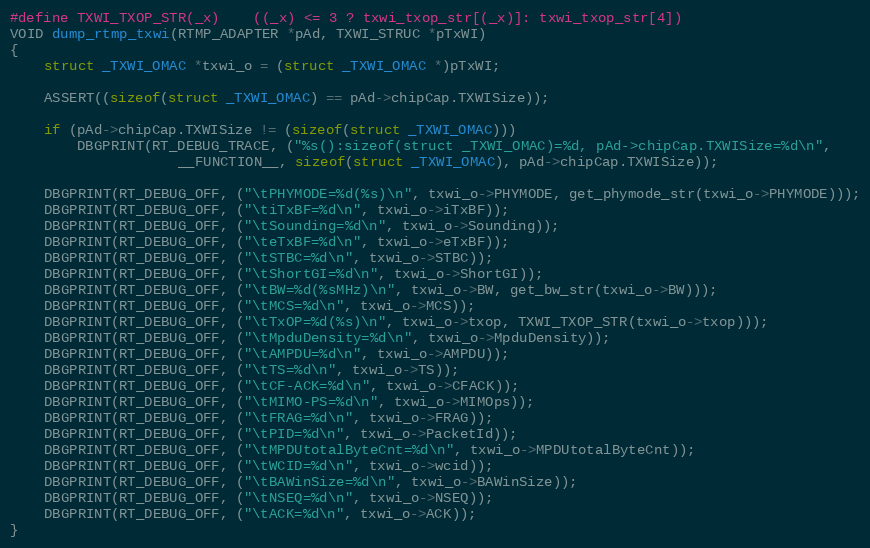
Language: C
#define TXWI_TXOP_STR(_x)	((_x) <= 3 ? txwi_txop_str[(_x)]: txwi_txop_str[4])
VOID dump_rtmp_txwi(RTMP_ADAPTER *pAd, TXWI_STRUC *pTxWI)
{
	struct _TXWI_OMAC *txwi_o = (struct _TXWI_OMAC *)pTxWI;

	ASSERT((sizeof(struct _TXWI_OMAC) == pAd->chipCap.TXWISize));

	if (pAd->chipCap.TXWISize != (sizeof(struct _TXWI_OMAC)))
		DBGPRINT(RT_DEBUG_TRACE, ("%s():sizeof(struct _TXWI_OMAC)=%d, pAd->chipCap.TXWISize=%d\n",
					__FUNCTION__, sizeof(struct _TXWI_OMAC), pAd->chipCap.TXWISize));

	DBGPRINT(RT_DEBUG_OFF, ("\tPHYMODE=%d(%s)\n", txwi_o->PHYMODE, get_phymode_str(txwi_o->PHYMODE)));
	DBGPRINT(RT_DEBUG_OFF, ("\tiTxBF=%d\n", txwi_o->iTxBF));
	DBGPRINT(RT_DEBUG_OFF, ("\tSounding=%d\n", txwi_o->Sounding));
	DBGPRINT(RT_DEBUG_OFF, ("\teTxBF=%d\n", txwi_o->eTxBF));
	DBGPRINT(RT_DEBUG_OFF, ("\tSTBC=%d\n", txwi_o->STBC));
	DBGPRINT(RT_DEBUG_OFF, ("\tShortGI=%d\n", txwi_o->ShortGI));
	DBGPRINT(RT_DEBUG_OFF, ("\tBW=%d(%sMHz)\n", txwi_o->BW, get_bw_str(txwi_o->BW)));
	DBGPRINT(RT_DEBUG_OFF, ("\tMCS=%d\n", txwi_o->MCS));
	DBGPRINT(RT_DEBUG_OFF, ("\tTxOP=%d(%s)\n", txwi_o->txop, TXWI_TXOP_STR(txwi_o->txop)));
	DBGPRINT(RT_DEBUG_OFF, ("\tMpduDensity=%d\n", txwi_o->MpduDensity));
	DBGPRINT(RT_DEBUG_OFF, ("\tAMPDU=%d\n", txwi_o->AMPDU));
	DBGPRINT(RT_DEBUG_OFF, ("\tTS=%d\n", txwi_o->TS));
	DBGPRINT(RT_DEBUG_OFF, ("\tCF-ACK=%d\n", txwi_o->CFACK));
	DBGPRINT(RT_DEBUG_OFF, ("\tMIMO-PS=%d\n", txwi_o->MIMOps));
	DBGPRINT(RT_DEBUG_OFF, ("\tFRAG=%d\n", txwi_o->FRAG));
	DBGPRINT(RT_DEBUG_OFF, ("\tPID=%d\n", txwi_o->PacketId));
	DBGPRINT(RT_DEBUG_OFF, ("\tMPDUtotalByteCnt=%d\n", txwi_o->MPDUtotalByteCnt));
	DBGPRINT(RT_DEBUG_OFF, ("\tWCID=%d\n", txwi_o->wcid));
	DBGPRINT(RT_DEBUG_OFF, ("\tBAWinSize=%d\n", txwi_o->BAWinSize));
	DBGPRINT(RT_DEBUG_OFF, ("\tNSEQ=%d\n", txwi_o->NSEQ));
	DBGPRINT(RT_DEBUG_OFF, ("\tACK=%d\n", txwi_o->ACK));
}